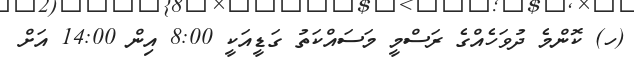
(ހ) ކޮންމެ ދުވަހެއްގެ ރަސްމީ މަސައްކަތު ގަޑީއަކީ 8:00 އިން 14:00 އަށް